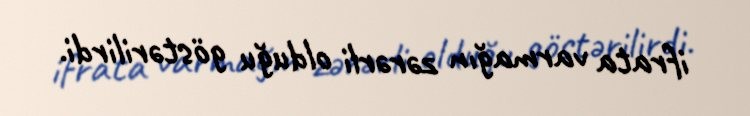
ifrata varmağın zərərli olduğu göstərilirdi.